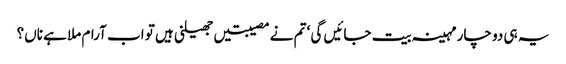
یہ ہی دو چار مہینہ بیت جائیں گی ‘ تم نے مصیبتیں جھیلنی ہیں تو اب آرام ملا ہے ناں؟